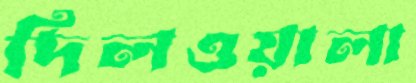
দিলওয়ালা